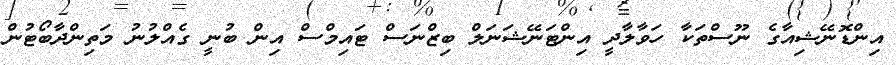
އިންޑޮނޭޝިއާގެ ނޫސްތަކާ ހަވާލާދީ އިންޓަނޭޝަނަލް ބިޒްނަސް ޓައިމްސް އިން ބުނީ ގެއްލުނު މަތިންދާބޯޓުން